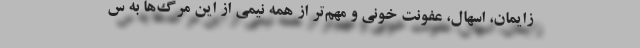
زایمان، اسهال، عفونت خونی و مهم‌تر از همه نیمی از این مرگ‌ها به س